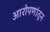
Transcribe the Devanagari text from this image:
आरोपणांतून